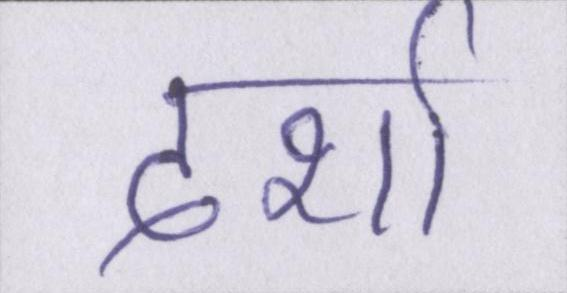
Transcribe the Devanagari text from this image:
दर्शा